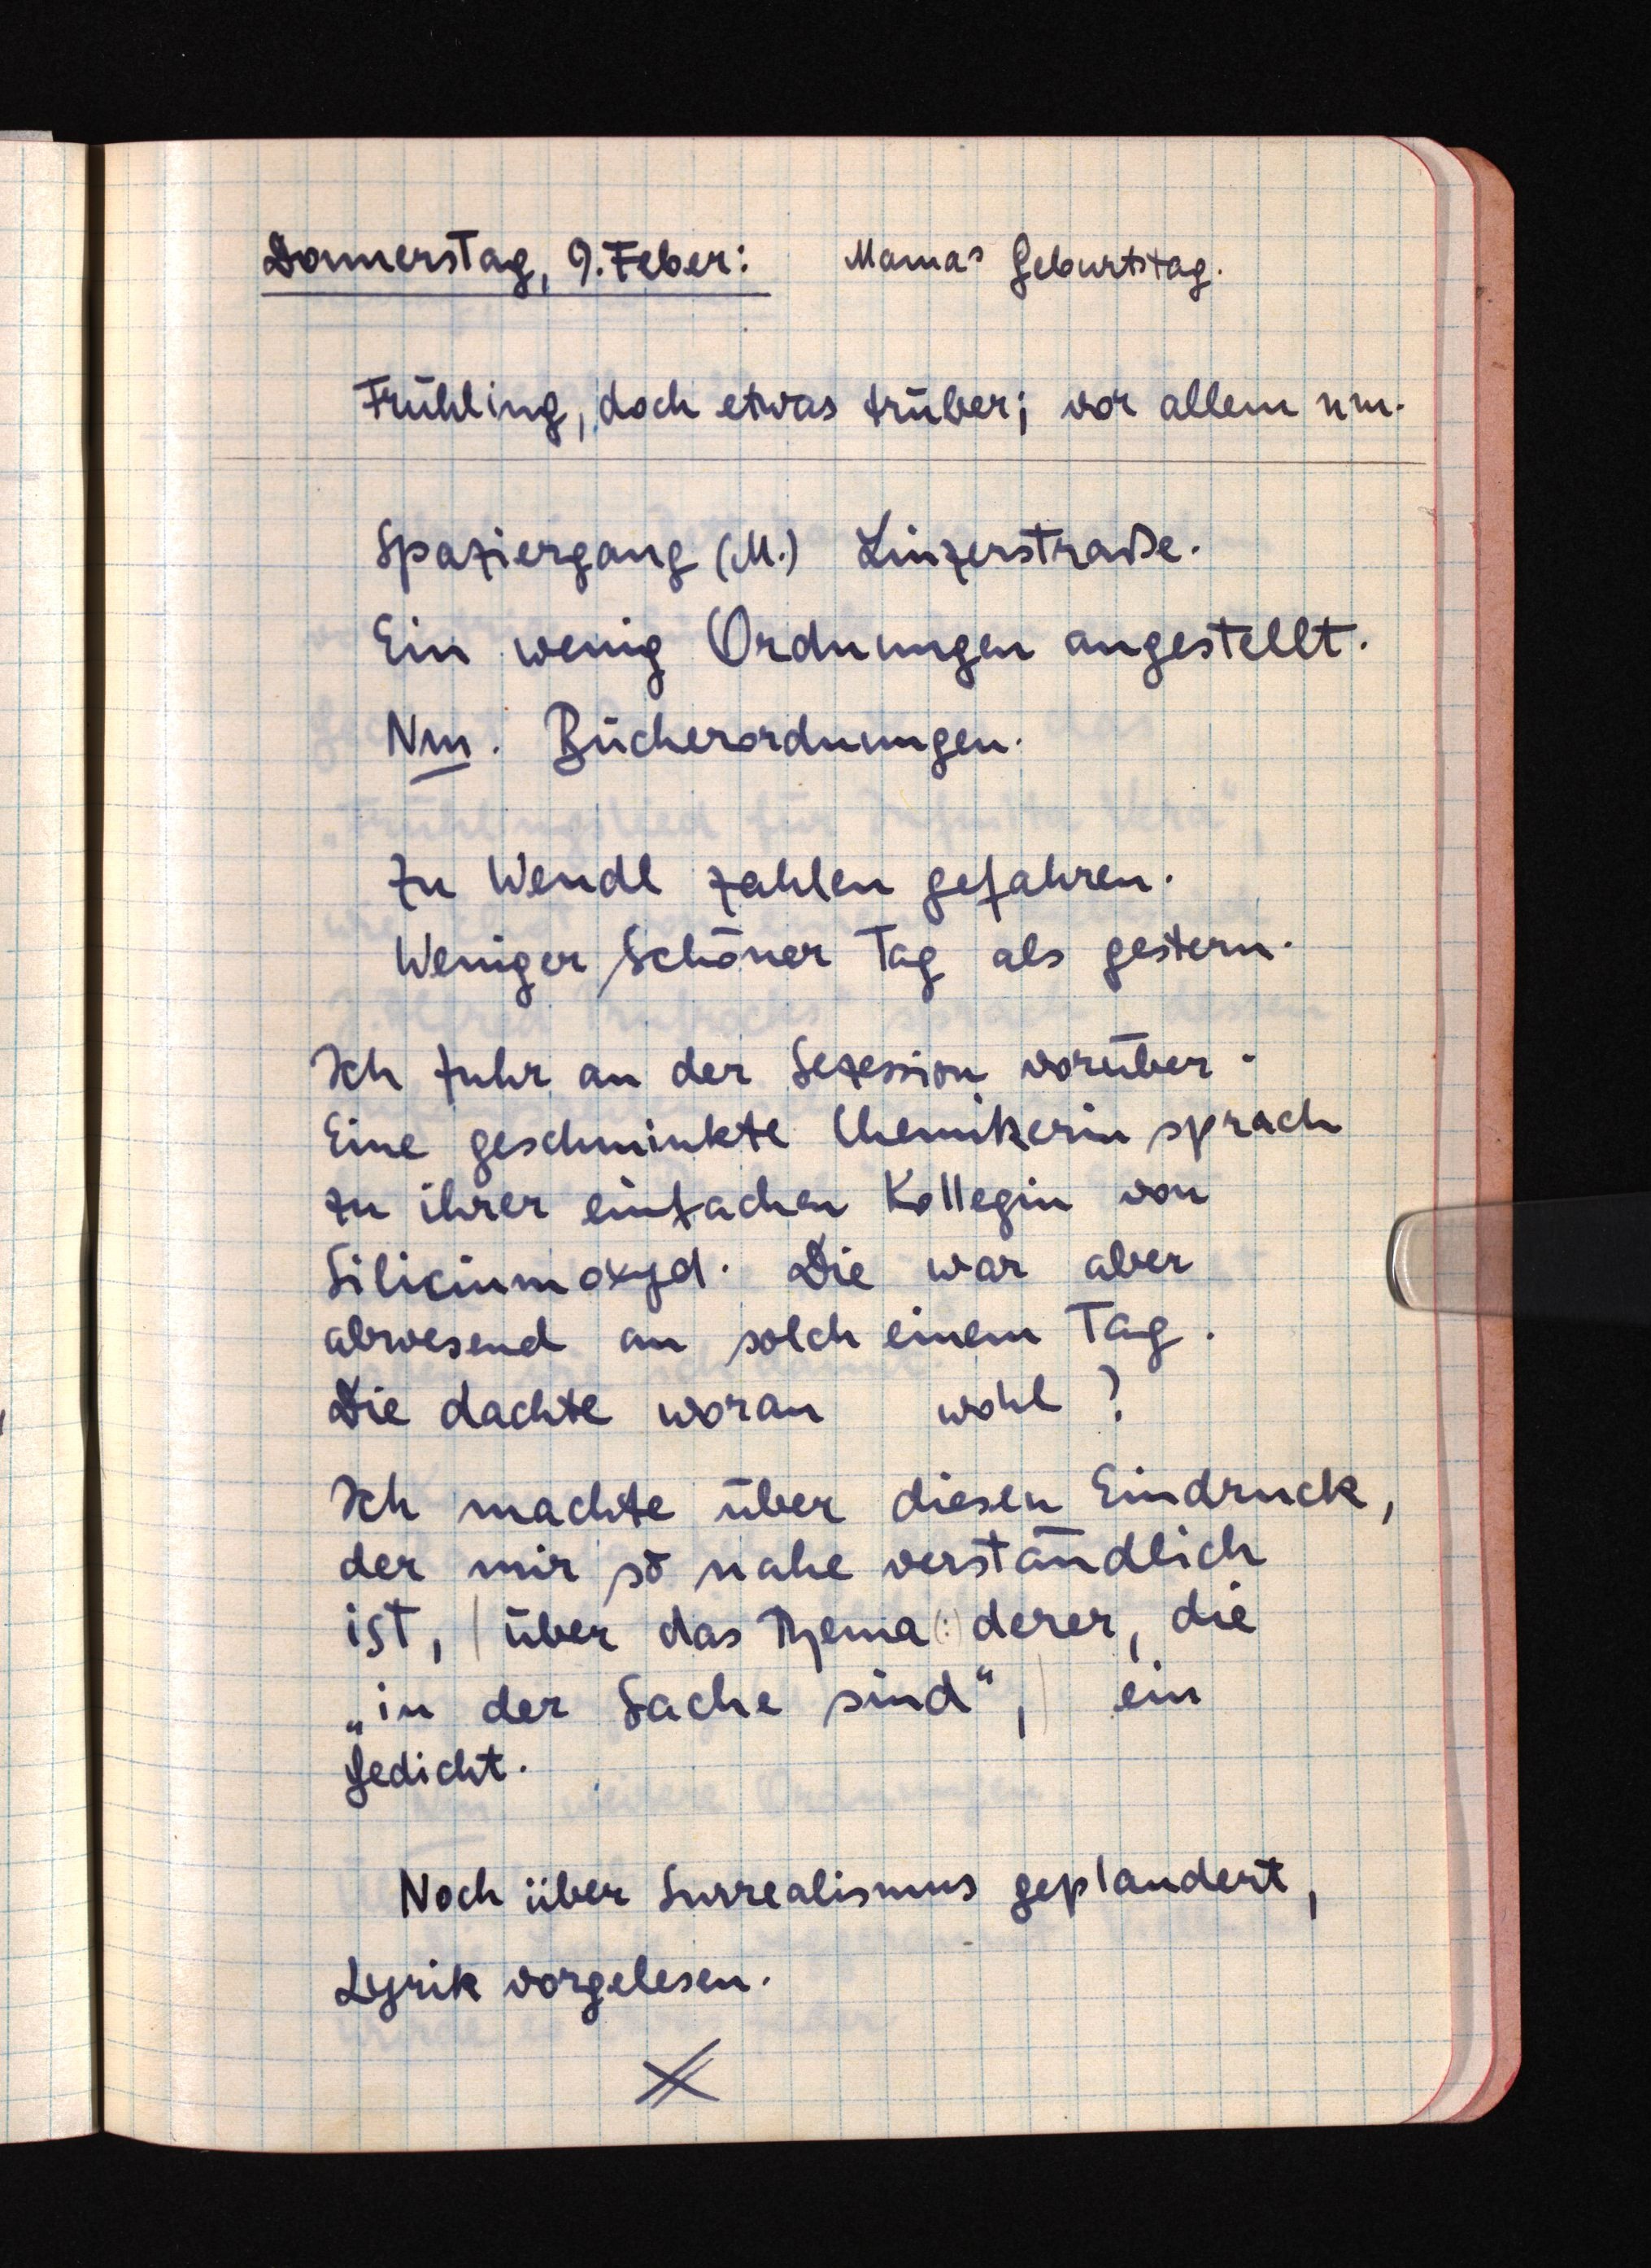
Donnerstag, 9. Feber:Mamas Geburtstag.
Frühling, doch etwas trüber; vor allem nm.
Spaziergang (M.) Linzerstraße.
Ein wenig Ordnungen angestellt.
Nm. Bücherordnungen.
Zu Wendl zahlen gefahren.
Weniger Sschöner Tag als gestern.
Ich fuhr an der Sezession vorüber.
Eine geschminkte Chemikerin sprach
zu ihrer einfachen Kollegin von
Siliciumoxyd. Die war aber
abwesend an solch einem Tag.
Die dachte woranwohl?
Ich machte über diesen Eindruck,
der mir so nahe verständlich
ist, | über das Thema (:) derer, die
"in der Sache sind", | ein
Gedicht.
Noch über Surrealismus geplaudert,
Lyrik vorgelesen.